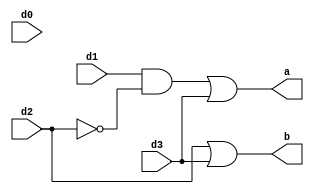
`timescale 1ns / 1ps
//////////////////////////////////////////////////////////////////////////////////
// Company: 
// Engineer: 
// 
// Design Name: 
// Module Name: encoder
// Project Name: 
// Target Devices: 
// Tool Versions: 
// Description: 
// 
// Dependencies: 
// 
// Revision:
// Revision 0.01 - File Created
// Additional Comments:
// 
//////////////////////////////////////////////////////////////////////////////////


module encoder(
  input d0,d1,d2,d3,
  output a,b);
  assign a=(d1&(~d2))|d3;
  assign b=d2|d3;
endmodule